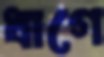
ধাগে